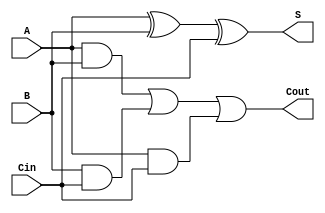
module async_full_adder (
    input wire A,     // First input operand
    input wire B,     // Second input operand
    input wire Cin,   // Carry-in input
    output wire S,    // Sum output
    output wire Cout   // Carry-out output
);

// Internal signals for intermediate calculations
wire A_xor_B;       // Intermediate signal for A XOR B
wire A_and_B;       // Intermediate signal for A AND B
wire B_and_Cin;     // Intermediate signal for B AND Cin
wire A_and_Cin;     // Intermediate signal for A AND Cin

// Calculate Sum (S) using XOR gates
assign A_xor_B = A ^ B;           // A XOR B
assign S = A_xor_B ^ Cin;         // (A XOR B) XOR Cin

// Calculate Carry-out (Cout) using AND and OR gates
assign A_and_B = A & B;           // A AND B
assign B_and_Cin = B & Cin;       // B AND Cin
assign A_and_Cin = A & Cin;       // A AND Cin

// Cout is the OR of the three AND results
assign Cout = A_and_B | B_and_Cin | A_and_Cin;

endmodule